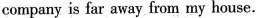
company is far away from my house.